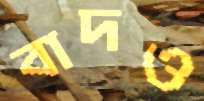
বাদও